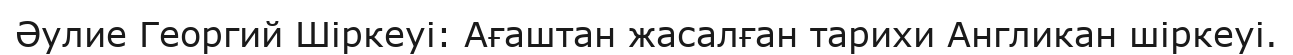
Әулие Георгий Шіркеуі: Ағаштан жасалған тарихи Англикан шіркеуі.